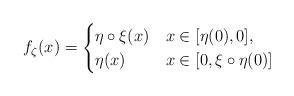
LaTeX: \begin{align*} f_{\zeta}(x)= \begin{cases} \eta\circ\xi(x) & x\in [\eta(0),0], \\ \eta(x) & x\in [0,\xi\circ\eta(0)] \end{cases}\end{align*}